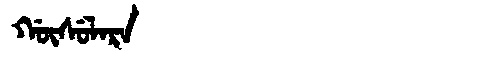
Manchu: ᡤᡡᠰᡠᠯᠠᡵᠠ
Romanization: GŪSULARA